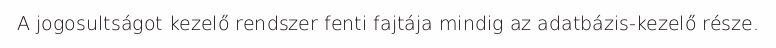
A jogosultságot kezelő rendszer fenti fajtája mindig az adatbázis-kezelő része.